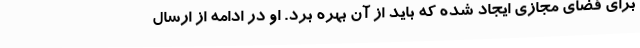
برای فضای مجازی ایجاد شده که باید از آن بهره برد. او در ادامه از ارسال